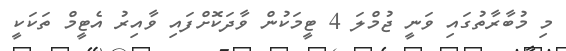
މި މުބާރާތުގައި ވަނީ ޖުމްލަ 4 ޓީމަކުން ވާދަކޮށްފައި ވާއިރު އެޓީމް ތަކަކީ